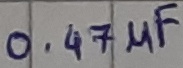
Text: 0.47µF